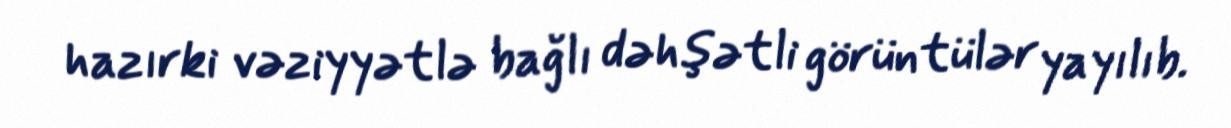
hazırki vəziyyətlə bağlı dəhşətli görüntülər yayılıb.